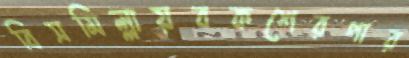
বিসমিল্লায়বকশেরপার